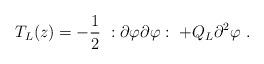
LaTeX: \begin{align*}T_L(z)=-\frac{1}{2}\ :\partial\varphi\partial\varphi:\ +Q_L\partial^{2}\varphi\ .\end{align*}